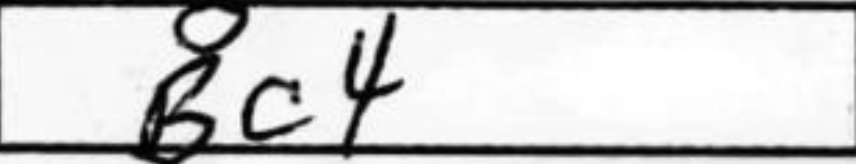
Transcription: Bc4